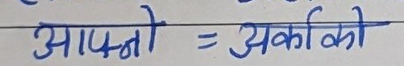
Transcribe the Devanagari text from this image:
आफ्नो = अर्काको